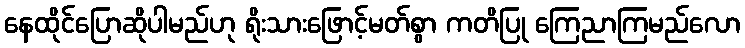
နေထိုင်ပြောဆိုပါမည်ဟု ရိုးသားဖြောင့်မတ်စွာ ကတိပြု ကြေညာကြမည်လော